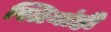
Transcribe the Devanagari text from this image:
स्त्रियांही